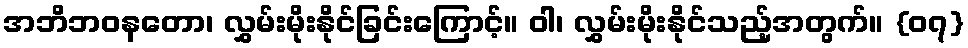
အဘိဘဝနတော၊ လွှမ်းမိုးနိုင်ခြင်းကြောင့်။ ဝါ၊ လွှမ်းမိုးနိုင်သည့်အတွက်။ {၀၇}